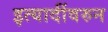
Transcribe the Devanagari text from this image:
इत्यादींवरुन